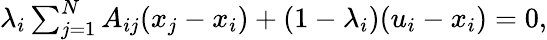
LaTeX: \begin{array}{r}{\lambda_{i}\sum_{j=1}^{N}A_{ij}(x_{j}-x_{i})+(1-\lambda_{i})(u_{i}-x_{i})=0,}\end{array}